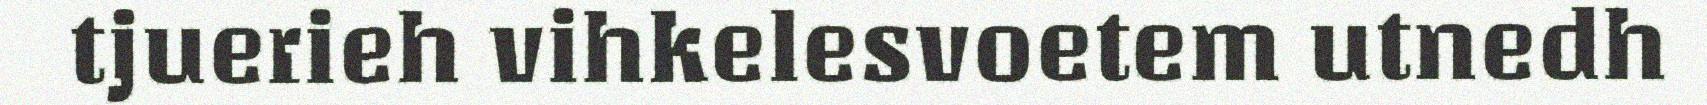
tjuerieh vihkelesvoetem utnedh